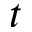
t